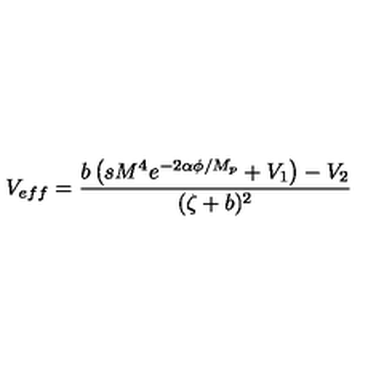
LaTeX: V _ { e f f } = \frac { b \left( s M ^ { 4 } e ^ { - 2 \alpha \phi / M _ { p } } + V _ { 1 } \right) - V _ { 2 } } { ( \zeta + b ) ^ { 2 } }